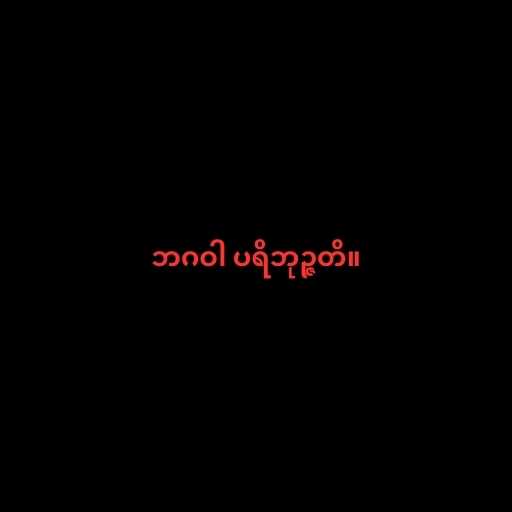
ဘဂဝါ ပရိဘုဉ္ဇတိ။